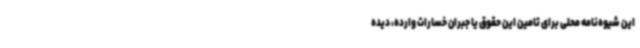
این شیوه‌نامه محلی برای تامین این حقوق یا جبران خسارات وارده، دیده